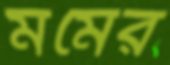
মমের